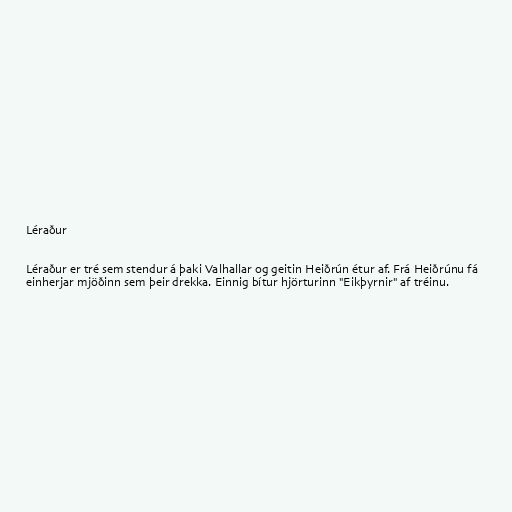
Léraður

Léraður er tré sem stendur á þaki Valhallar og geitin Heiðrún étur af. Frá Heiðrúnu fá
einherjar mjöðinn sem þeir drekka. Einnig bítur hjörturinn "Eikþyrnir" af tréinu.